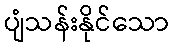
ပျံသန်းနိုင်သော